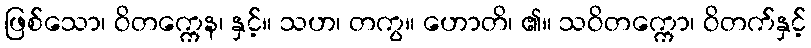
ဖြစ်သော၊ ဝိတက္ကေန၊ နှင့်။ သဟ၊ တကွ။ ဟောတိ၊ ၏။ သဝိတက္ကော၊ ဝိတက်နှင့်